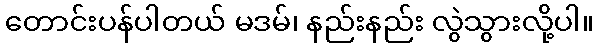
တောင်းပန်ပါတယ် မဒမ်၊ နည်းနည်း လွဲသွားလို့ပါ။